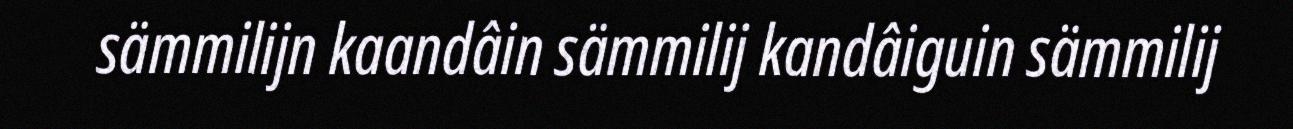
sämmilijn kaandâin sämmilij kandâiguin sämmilij